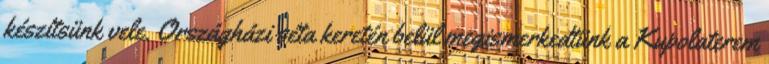
készítsünk vele. Országházi séta keretén belül megismerkedtünk a Kupolaterem